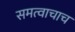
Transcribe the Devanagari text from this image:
समत्वाचाच